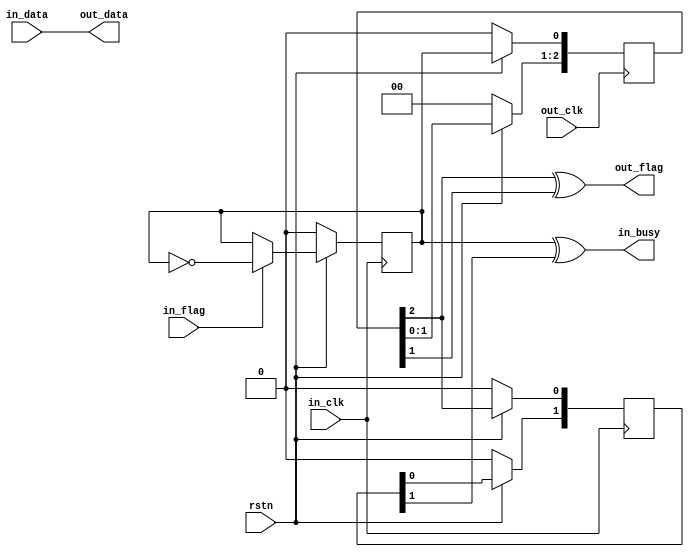
module sync_flag(
	input rstn,
	input in_clk,
	input in_flag,
	input [DATA_WIDTH-1:0] in_data,
	output in_busy,
	input out_clk,
	output out_flag,
	output [DATA_WIDTH-1:0] out_data
);
parameter CLK_ASYNC = 1;
parameter DATA_WIDTH = 1;
parameter IN_HOLD = 0;
parameter OUT_HOLD = 0;
reg [DATA_WIDTH-1:0] out_data_hold = 'h0;
wire [DATA_WIDTH-1:0] out_data_s;
reg out_flag_d1 = 'h0;
wire out_flag_s;
generate if (CLK_ASYNC) begin
reg in_toggle = 1'b0;
reg [DATA_WIDTH-1:0] in_data_hold = 'h0;
always @(posedge in_clk)
begin
	if (rstn == 1'b0) begin
		in_toggle <= 1'b0;
	end else begin
		if (in_flag == 1'b1)
			in_toggle <= ~in_toggle;
	end
end
reg [2:0] out_toggle = 'h0;
assign out_flag_s = out_toggle[2] ^ out_toggle[1];
always @(posedge out_clk)
begin
	if (rstn == 1'b0) begin
		out_toggle <= 3'b0;
	end else begin
		out_toggle[0] <= in_toggle;
		out_toggle[2:1] <= out_toggle[1:0];
	end
end
reg [1:0] in_toggle_ret = 'h0;
assign in_busy = in_toggle ^ in_toggle_ret[1];
always @(posedge in_clk)
begin
	if (rstn == 1'b0) begin
		in_toggle_ret <= 2'b0;
	end else begin
		in_toggle_ret[0] <= out_toggle[2];
		in_toggle_ret[1] <= in_toggle_ret[0];
	end
end
always @(posedge in_clk)
begin
	if (rstn == 1'b0) begin
		in_data_hold <= 'h0;
	end else begin
		if (in_flag == 1'b1)
			in_data_hold <= in_data;
	end
end
assign out_data_s = IN_HOLD == 1'b1 ? in_data_hold : in_data;
end else begin
assign in_busy = 1'b0;
assign out_flag_s = in_flag;
assign out_data_s = in_data;
end endgenerate
always @(posedge out_clk)
begin
	if (rstn == 1'b0) begin
		out_data_hold <= 'h0;
		out_flag_d1 <= 'h0;
	end else begin
		if (out_flag_s == 1'b1)
			out_data_hold <= out_data_s;
		out_flag_d1 <= out_flag_s;
	end
end
assign out_data = OUT_HOLD == 1'b1 ? out_data_hold : out_data_s;
assign out_flag = OUT_HOLD == 1'b1 ? out_flag_d1 : out_flag_s;
endmodule